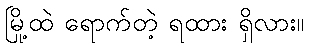
မြို့ထဲ ရောက်တဲ့ ရထား ရှိလား။